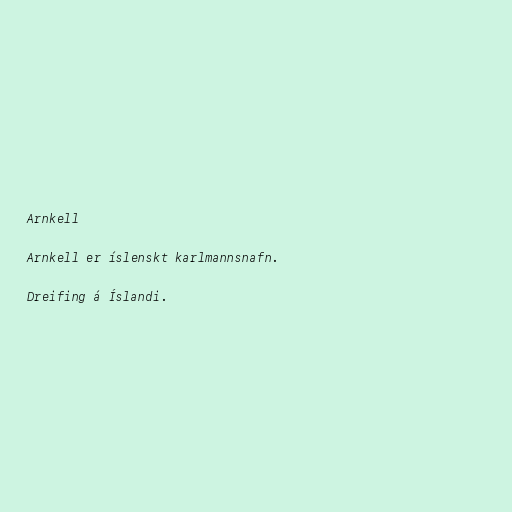
Arnkell

Arnkell er íslenskt karlmannsnafn.

Dreifing á Íslandi.